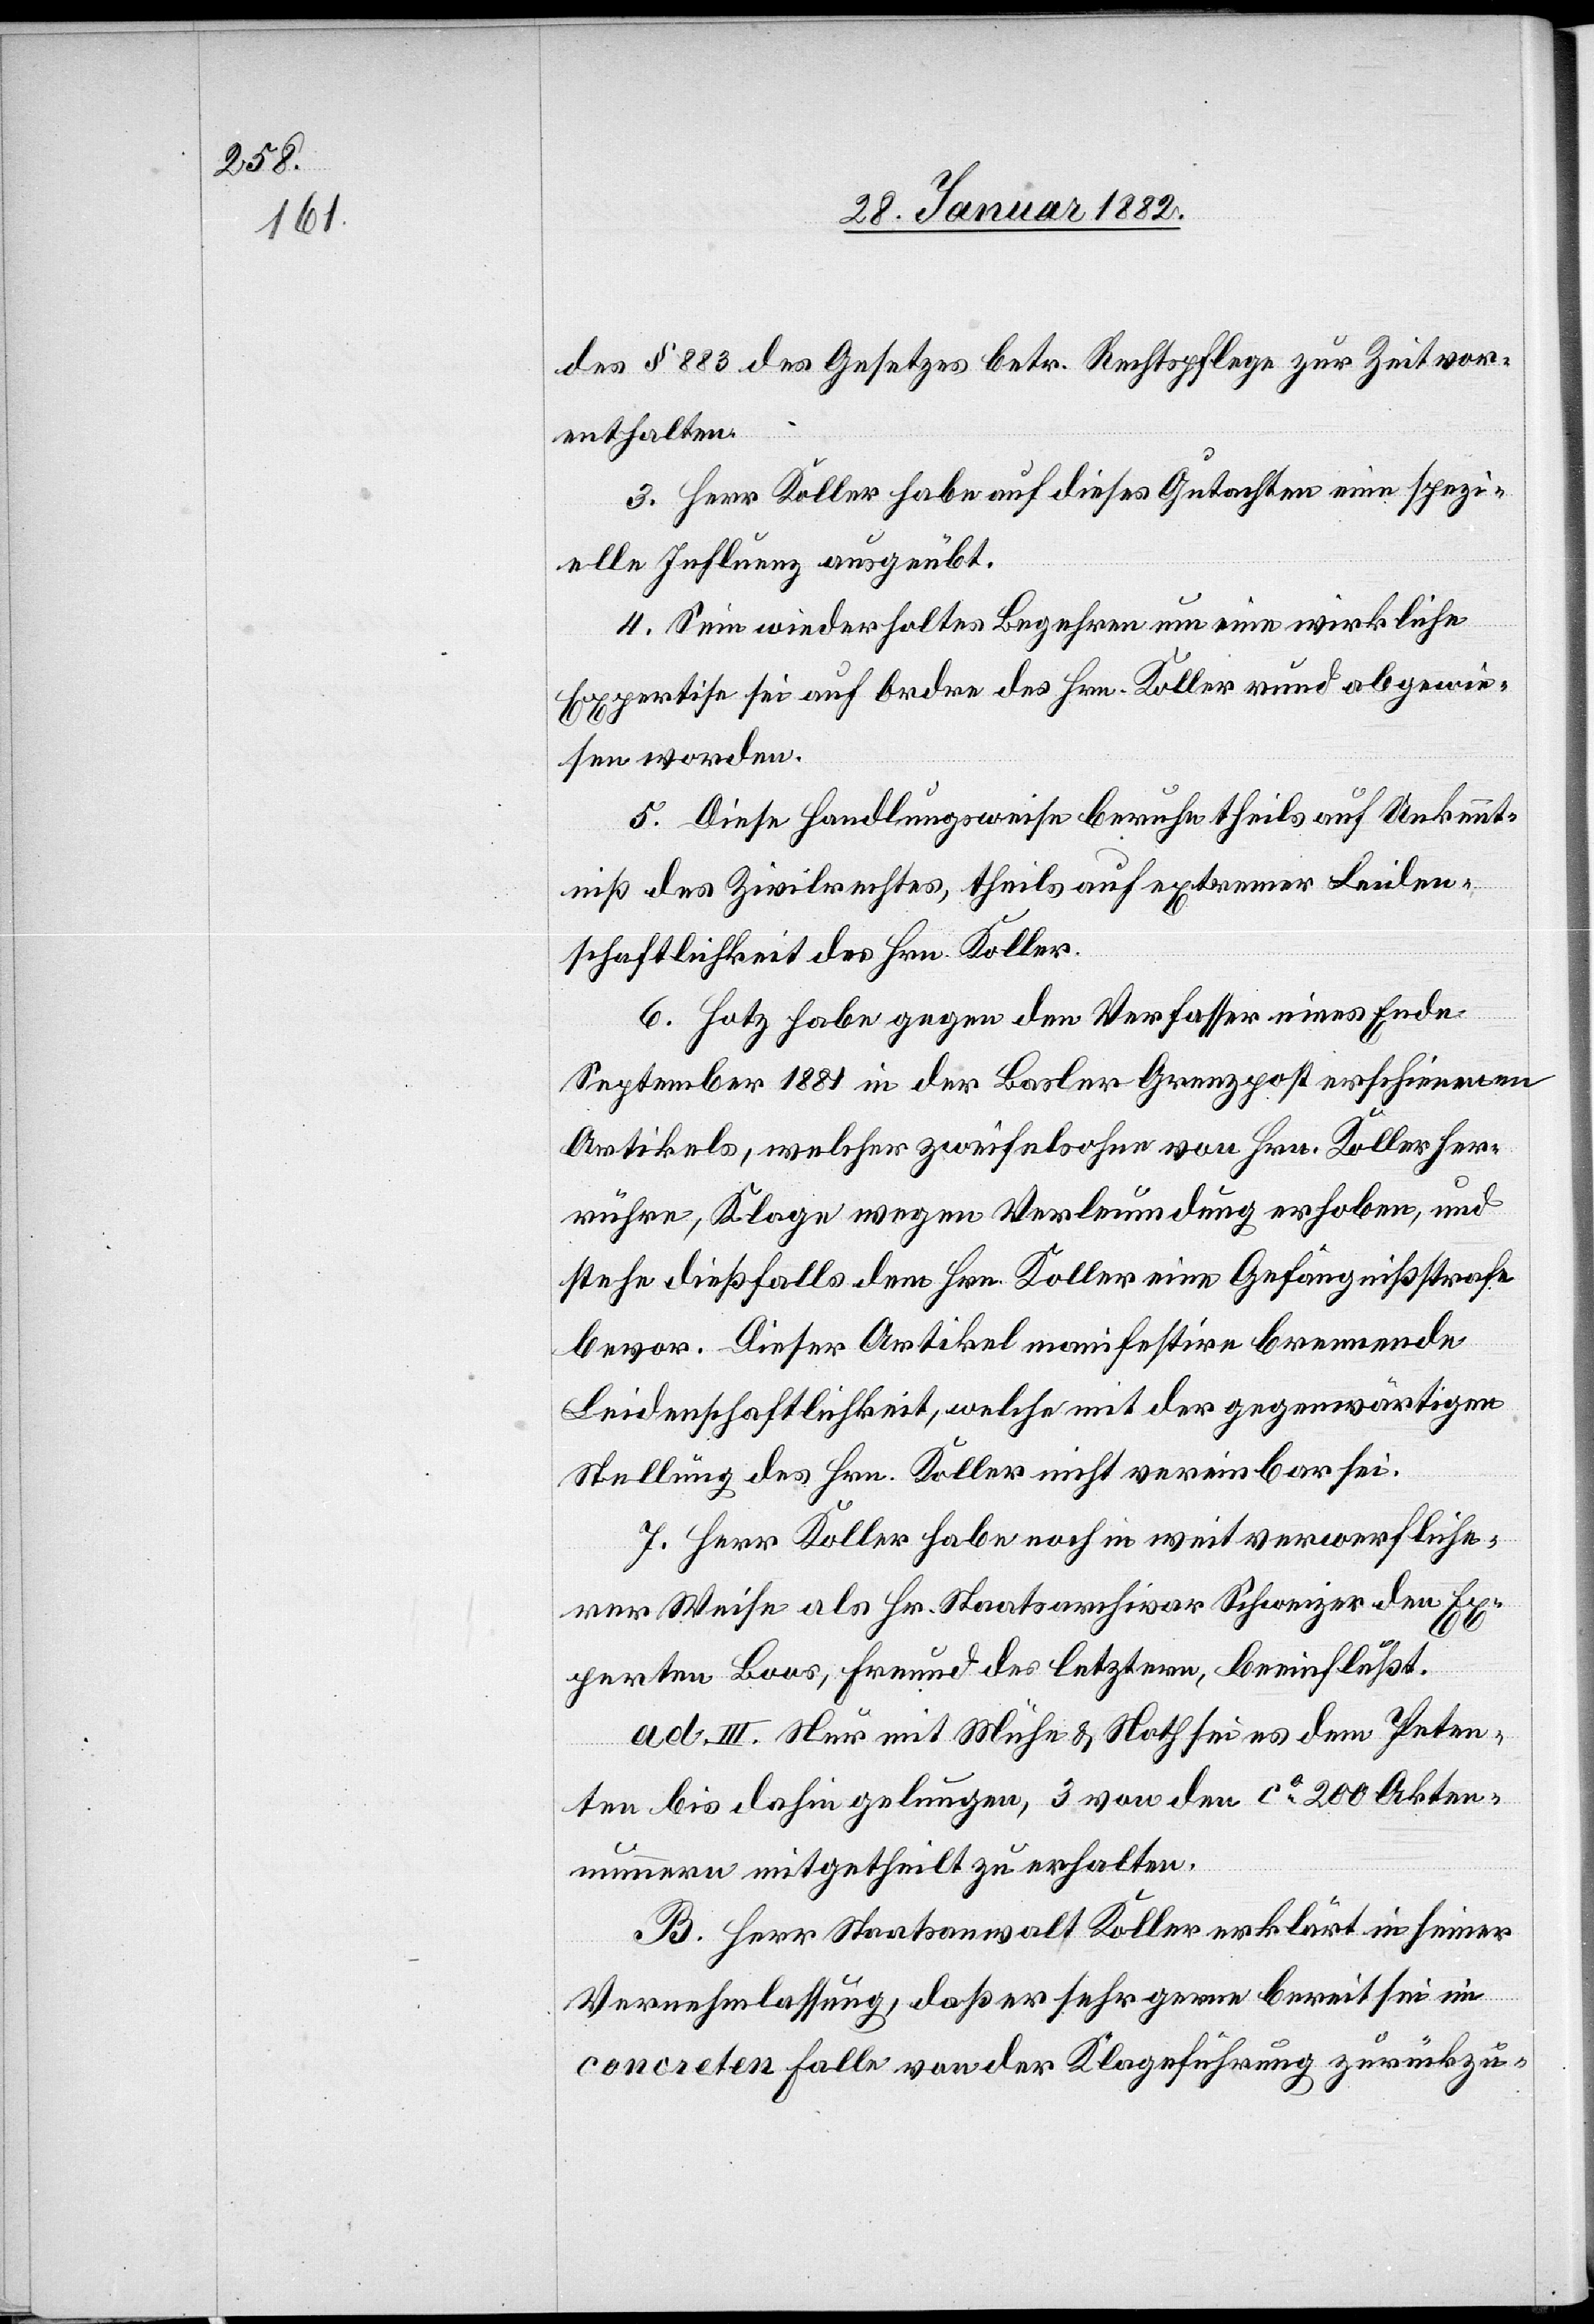
des § 883 des Gesetzes betr. Rechtspflege zur Zeit vor¬
enthalten.
3. Herr Koller habe auf dieses Gutachten eine spezi¬
elle Influenz ausgeübt.
4. Sein wiederholtes Begehren um eine wirkliche
Expertise sei auf Ordre des Hrn. Koller rund abgewie¬
sen worden.
5. Diese Handlungsweise beruhe theils auf Unkennt¬
niß des Zivilrechtes, theils auf extremer Leiden¬
schaftlichkeit des Hrn. Koller.
6. Hotz habe gegen den Verfasser eines Ende
September 1881 in der Basler Grenzpost erschienenen
Artikels, welcher zweifelsohne von Hrn. Koller her¬
rühre, Klage wegen Verleumdung erhoben, und
stehe dießfalls dem Hrn. Koller eine Gefängnißstrafe
bevor. Dieser Artikel manifestiere brennende
Leidenschaftlichkeit, welche mit der gegenwärtigen
Stellung des Hrn. Koller nicht vereinbar sei.
7. Herr Koller habe noch in weit verwerfliche¬
rer Weise als Hr. Staatsarchivar Schweizer den Ex¬
perten Boos, Freund des letztern, beeinflußt.
ad. III. Nur mit Mühe & Noth sei es dem Peten¬
ten bis dahin gelungen, 3 von den ca 200 Aktenn¬
ummern mitgetheilt zu erhalten.
B. Herr Staatsanwalt Koller erklärt in seiner
Vernehmlassung, daß er sehr gerne bereit sei im
concreten Falle von der Klageführung zurückzu-